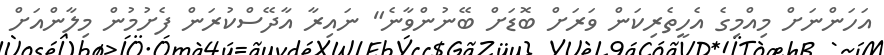
އަހަންނަށް މިއްމިގެ އެހީތެރިކަން ވަރަށް ބޮޑަށް ބޭނުންވާނެ" ނައިރާ އާދޭސްކުރަން ފެށުމުން މިލާންއަށް